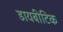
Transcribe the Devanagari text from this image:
डायबीटिक